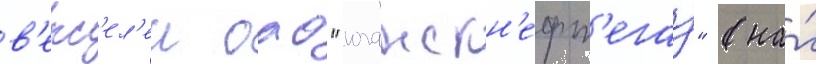
в'екс'ел'еи оао "юганскн'ефт'егаз" (на́